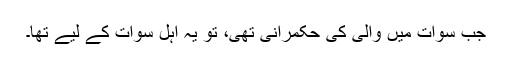
جب سوات میں والی کی حکمرانی تھی، تو یہ اہلِ سوات کے لیے تھا۔